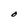
Character: O